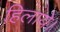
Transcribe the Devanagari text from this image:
हिलाये।